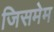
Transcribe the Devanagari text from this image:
जिसमेम